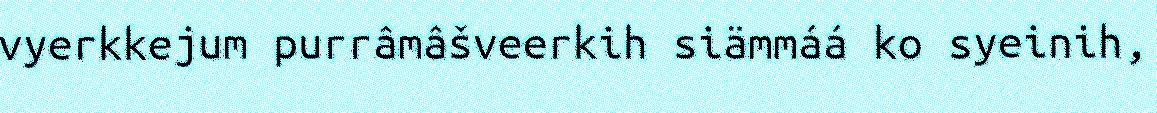
vyerkkejum purrâmâšveerkih siämmáá ko syeinih,